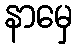
နာမှေ